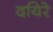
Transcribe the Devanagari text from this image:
दयिरे